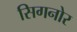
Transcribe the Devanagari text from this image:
सिगनोर